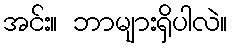
အင်း။ ဘာများရှိပါလဲ။